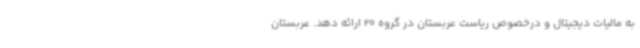
به مالیات دیجیتال و درخصوص ریاست عربستان در گروه 20 ارائه دهد. عربستان